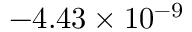
- 4 . 4 3 \times 1 0 ^ { - 9 }